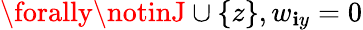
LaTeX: \forally\notinJ\cup\{ z\} ,w_{\mathbf{i}y}=0